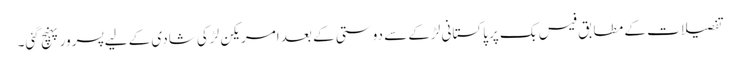
تفصیلات کے مطابق فیس بک پر پاکستانی لڑکے سے دوستی کے بعد امریکن لڑکی شادی کے لیے پسرور پہنچ گئی۔